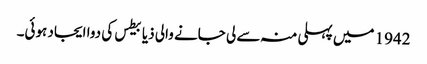
1942 میں‌ پہلی منہ سے لی جانے والی ذیابیطس کی دوا ایجاد ہوئی۔